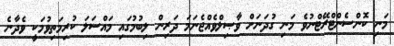
މަނި ކޮންސެންޓްރޭޓްނުވެ މަނި ގުދަނަށް ވާޞިލްވެއްޖެނަމަ ދަރިން ލިބުމުގައި މައްސަލަ ކުރިމަތިވުމަކީ ވެދާނެ